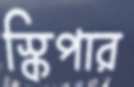
স্কিপার